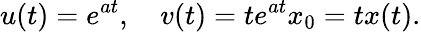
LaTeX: u(t)=e^{at},\quad v(t)=te^{at}x_{0}=tx(t).